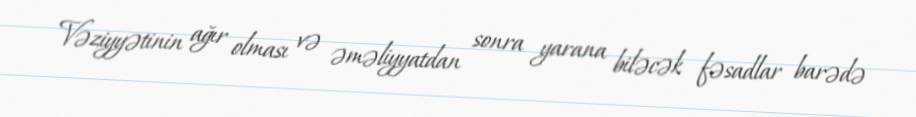
Vəziyyətinin ağır olması və əməliyyatdan sonra yarana biləcək fəsadlar barədə